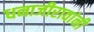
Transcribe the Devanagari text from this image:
धनाजीरावांनी